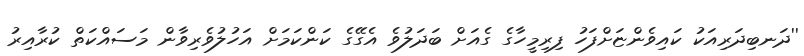
''ދަނބިދަރިއަކު ކައިވެންޏަށްފަހު ފިރިމީހާގެ ގެއަށް ބަދަލުވެ އެގޭގެ ކަންކަމަށް އަހުލުވެރިވާން މަސައްކަތް ކުރާއިރު